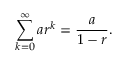
\sum _ { k = 0 } ^ { \infty } a r ^ { k } = { \frac { a } { 1 - r } } .